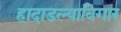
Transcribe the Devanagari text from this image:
हादाडल्याबिगार